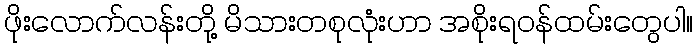
ဖိုးလောက်လန်းတို့ မိသားတစုလုံးဟာ အစိုးရဝန်ထမ်းတွေပါ။